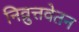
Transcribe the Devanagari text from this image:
निव्रुत्तवेतन